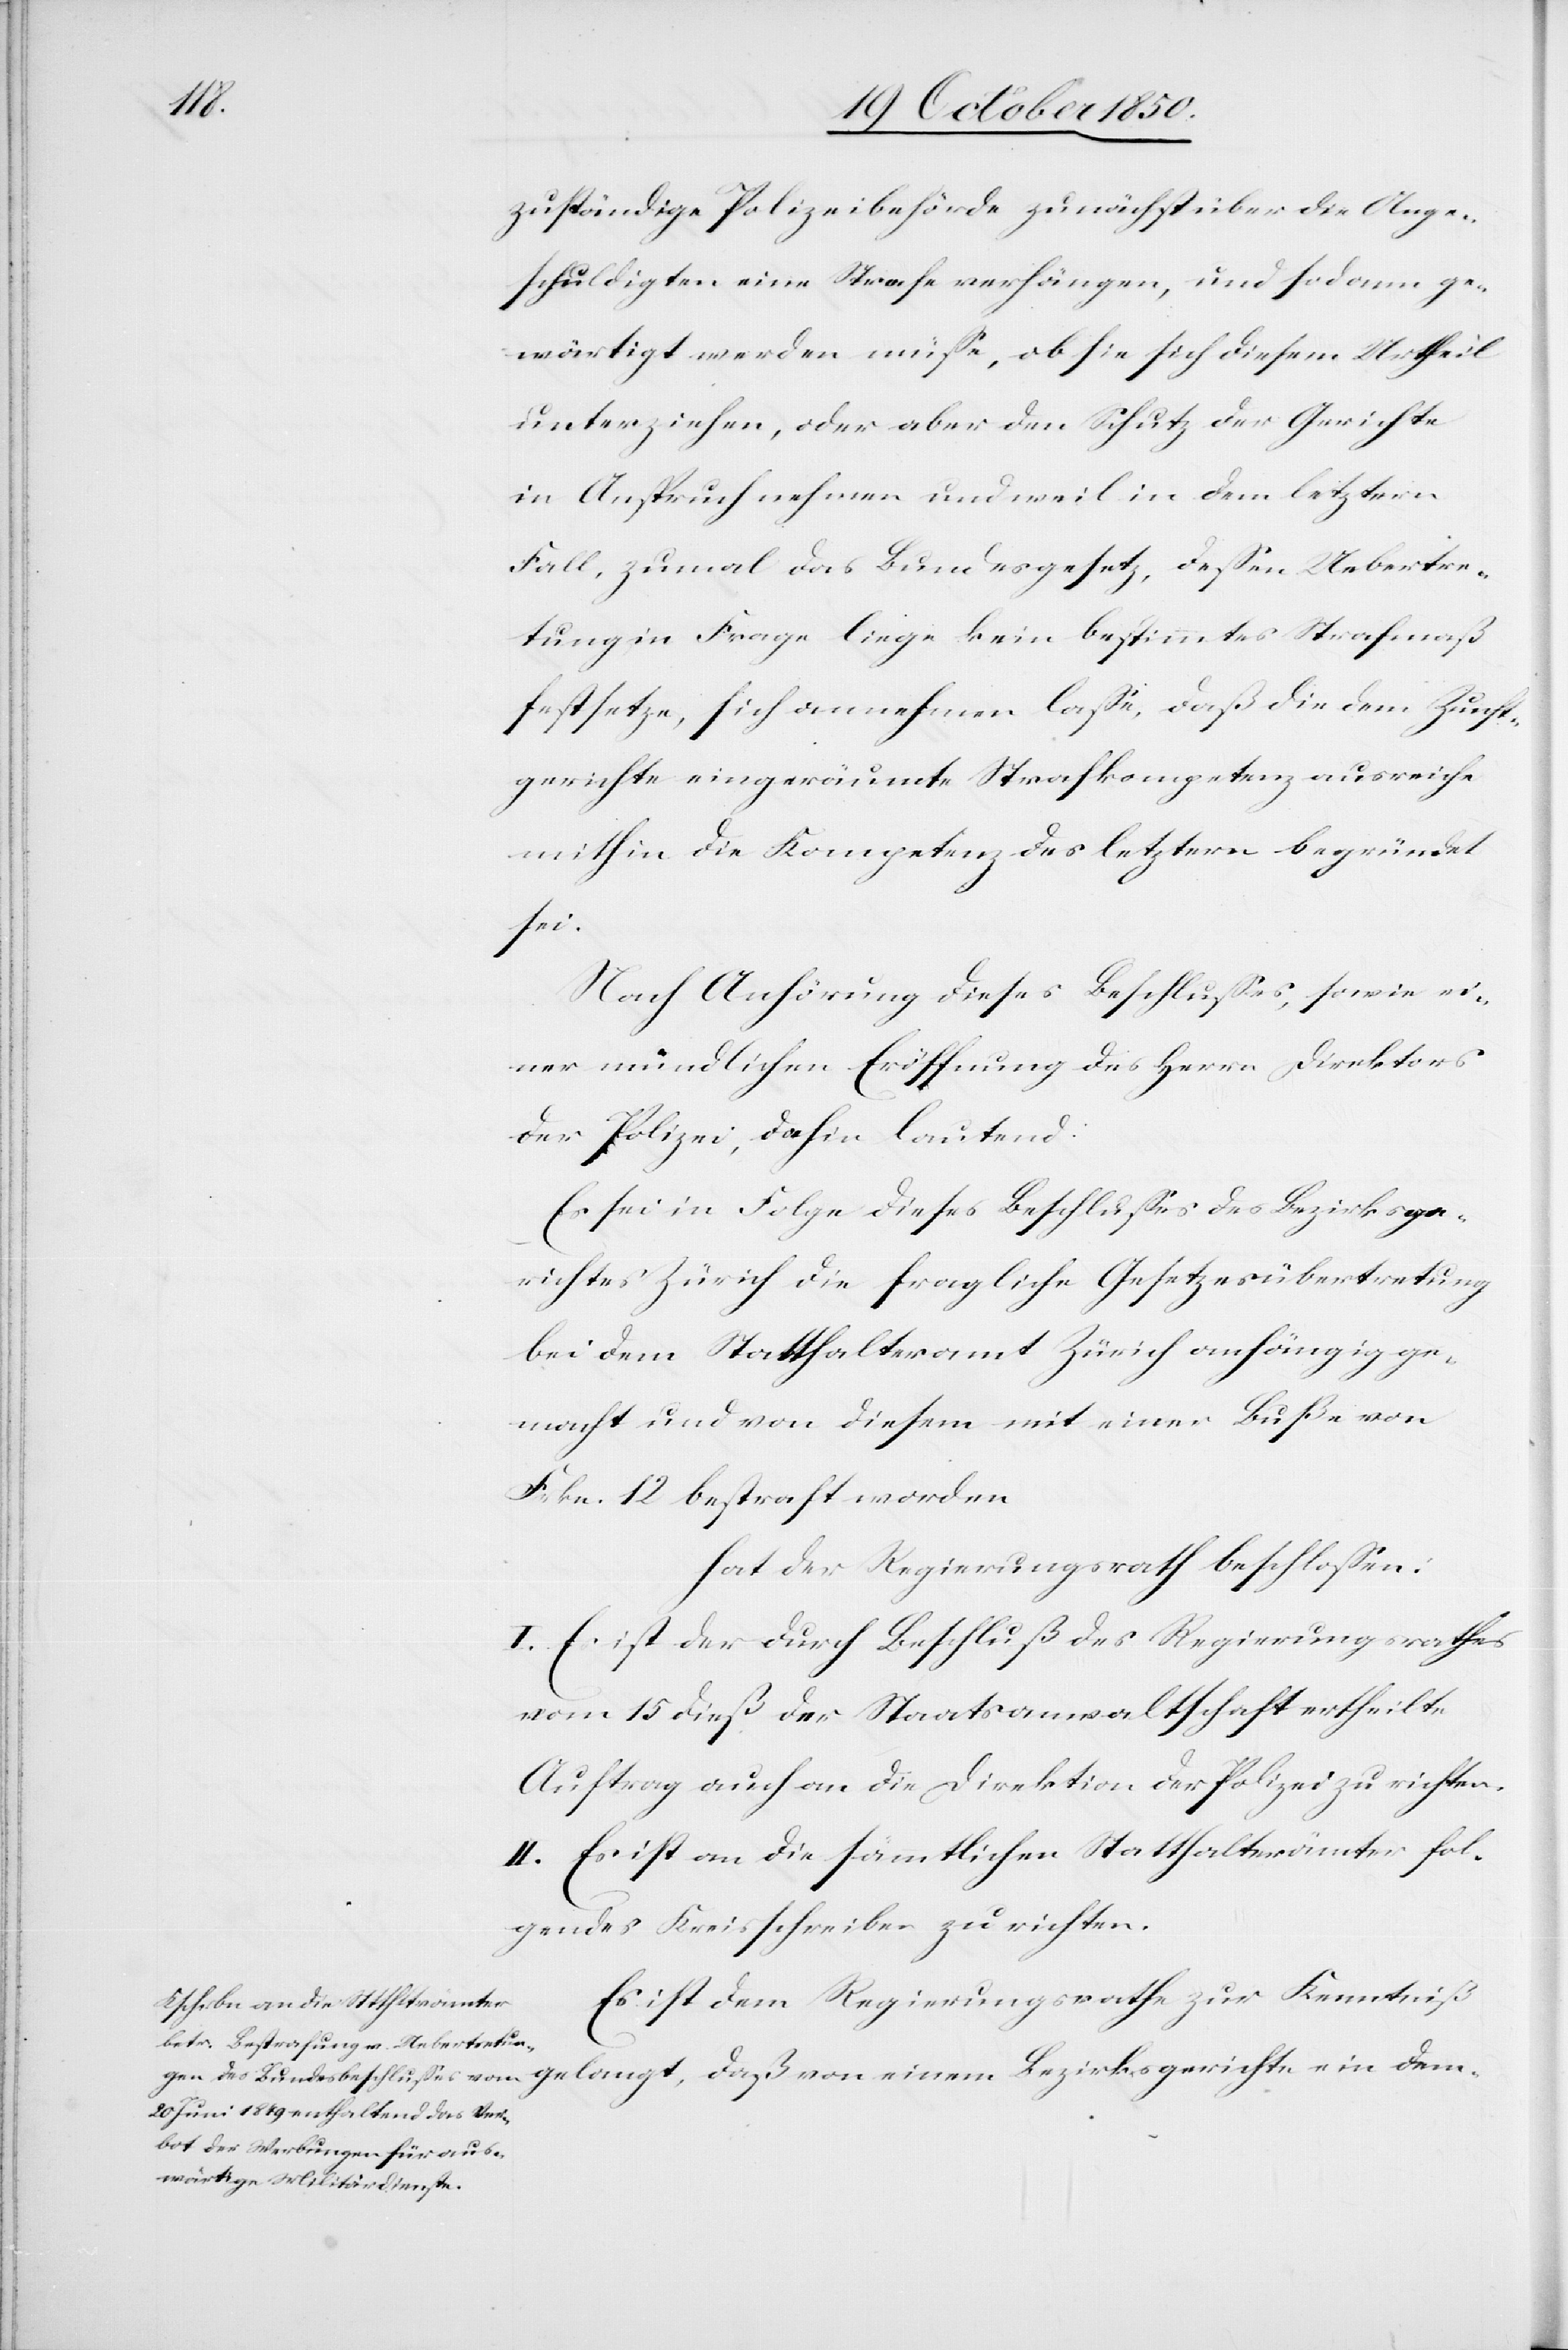
zuständige Polizeibehörde zunächst über die Ange¬
schuldigten eine Strafe verhängen, und sodann ge¬
wärtigt werden müsse, ob sie sich diesem Urtheil
unterziehen, oder aber den Schutz der Gerichte
in Anspruch nehmen und weil in dem letztern
Fall, zumal das Bundesgesetz, dessen Uebertre¬
tung in Frage liege kein bestimmtes Strafmaß
festsetze, sich annehmen lasse, daß die dem Zunft¬
gerichte eingeräumte Strafkompetenz ausreiche
mithin die Kompetenz des letztern begründet
ein
Nach Anhörung dieses Beschlusses, sowie ei¬
ner mündlichen Eröffnung des Herrn Direktors
der Polizei, dahin lautend:
Es sei in Folge dieses Beschlusses des Bezirksge¬
richtes Zürich die fragliche Gesetzesübertretung
bei dem Statthalteramt Zürich anhängig ge¬
macht und von diesem mit einer Buße von
Frkn. 12 bestraft worden
hat der Regierungsrath beschlossen:
I. Es ist der durch Beschluß des Regierungsrathes
vom 15 dieß der Staatsanwaltschaft ertheilte
Auftrag auch an die Direktion der Polizei zu richten.
II. Es ist an die sämmtlichen Statthalterämter fol¬
gendes Kreisschreiben zu richten.
Es ist dem Regierungsrathe zur Kenntniß